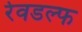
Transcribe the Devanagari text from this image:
रेवडल्फ